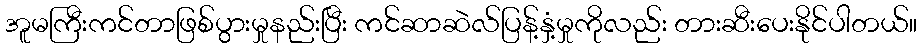
အူမကြီးကင်တာဖြစ်ပွားမှုနည်းပြီး ကင်ဆာဆဲလ်ပြန့်နှံ့မှုကိုလည်း တားဆီးပေးနိုင်ပါတယ်။